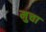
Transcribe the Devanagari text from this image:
मुचा